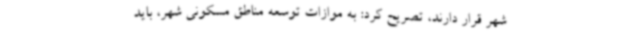
شهر قرار دارند، تصریح کرد: به موازات توسعه مناطق مسکونی شهر، باید